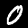
Label: 0